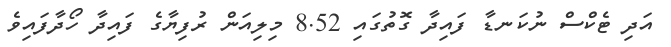
އަދި ޓެކްސް ނުކަނޑާ ފައިދާ ގޮތުގައި 8.52 މިލިއަން ރުފިޔާގެ ފައިދާ ހޯދާފައިވެ